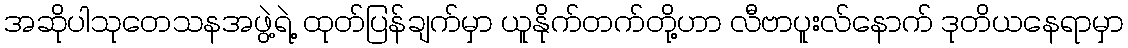
အဆိုပါသုတေသနအဖွဲ့ရဲ့ ထုတ်ပြန်ချက်မှာ ယူနိုက်တက်တို့ဟာ လီဗာပူးလ်နောက် ဒုတိယနေရာမှာ